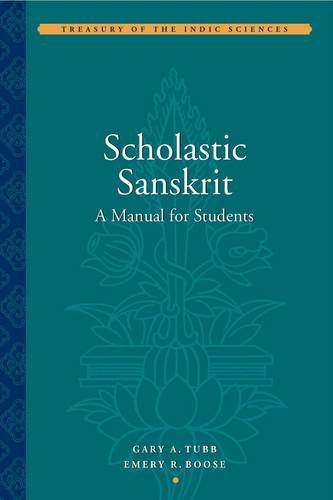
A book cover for Scholastic Sanskrit: A Manual for Students (Treasury of the Indic Sciences); Gary A. Tubb; Reference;